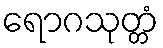
ရောဂသုတ္တံ